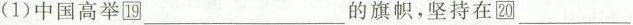
(1) 中国高举19___的旗帜，坚持在20___